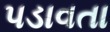
પડાવતા